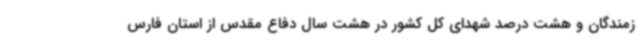
زمندگان و هشت درصد شهدای کل کشور ‌در هشت سال دفاع مقدس از استان فارس